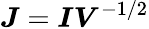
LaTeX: \boldsymbol{J}=\boldsymbol{I}\boldsymbol{V}^{-1/2}